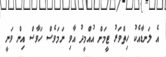
އެ ލަނޑާއެކު ހިތްވަރު ޓީމަށް އުއްމީދު އާވި ނަމަވެސް ހަވާސް އިން ވަނީ